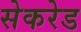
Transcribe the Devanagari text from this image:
सेकरेड